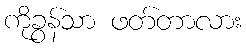
ကိုခွန်သာ ဖတ်တာလား